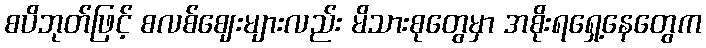
စပိဘုတ်ဖြင့် စလစ်ဈေးများလည်း မိသားစုတွေမှာ အစိုးရရှေ့နေတွေက